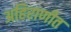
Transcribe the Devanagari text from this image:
अहिराणीत